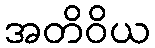
အတိဝိယ